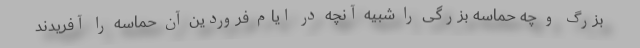
بزرگ و چه حماسه بزرگی را شبیه آنچه در ایام فروردین آن حماسه را آفریدند